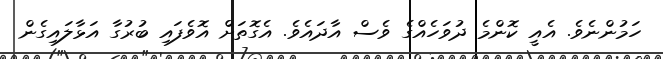
ހަަމުންނެވެ. އެއީ ކޮންމެ ދުވަހެއްގެ ވެސް އާދައެވެ. އެގޮތަށް އޮވެފައި ބުރުގާ އަޅާލައިގެން